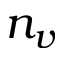
n _ { v }